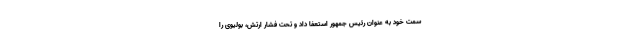
سمت خود به عنوان رئیس جمهور استعفا داد و تحت فشار ارتش، بولیوی را